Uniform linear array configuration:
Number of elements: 16
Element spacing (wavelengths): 1
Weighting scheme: hann
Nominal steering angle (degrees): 45
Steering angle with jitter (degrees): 44.576
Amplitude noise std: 0.05
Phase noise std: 0.05

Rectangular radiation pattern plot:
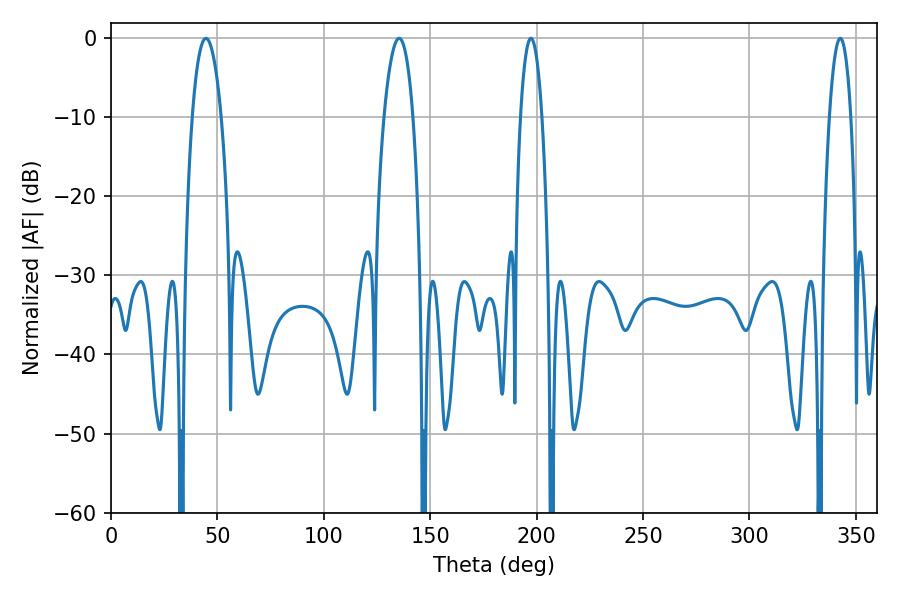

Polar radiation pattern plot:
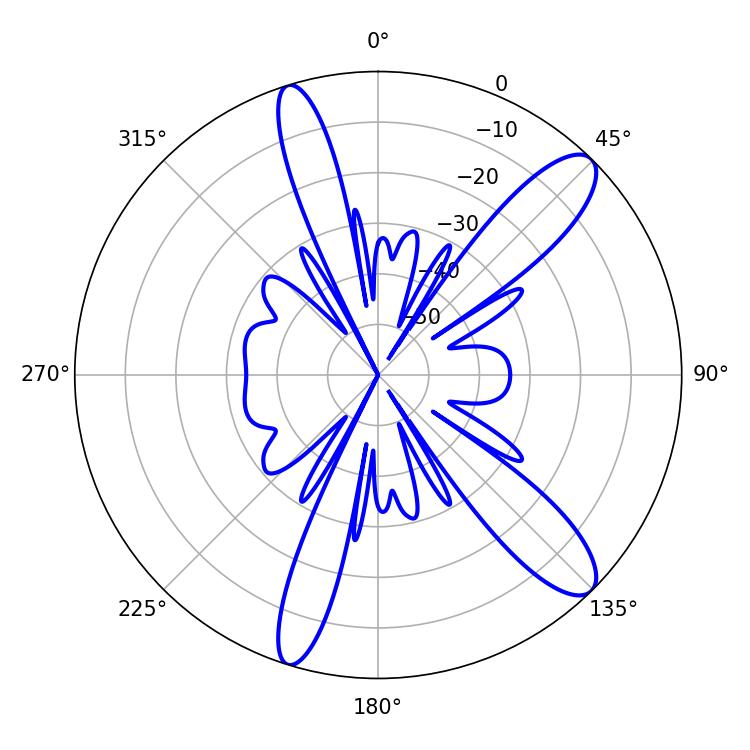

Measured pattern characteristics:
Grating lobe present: TRUE
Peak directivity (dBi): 11.674
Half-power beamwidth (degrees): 7.74
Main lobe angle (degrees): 44.64